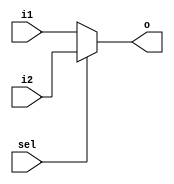
module MuxPC (i1,i2,sel,o);
    input [15:0] i1,i2;
    input sel;
    output [15:0] o;

    assign o = (sel) ? i2 : i1 ;        //0 1
    
endmodule